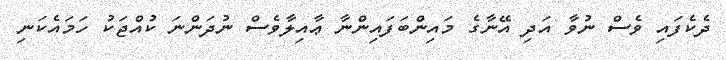
ދެކެފައި ވެސް ނުވާ އަދި އޭނާގެ މައިންބަފައިންނާ ޢާއިލާވެސް ނުދަންނަ ކުއްޖަކު ހަމައެކަނި